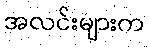
အလင်းများက